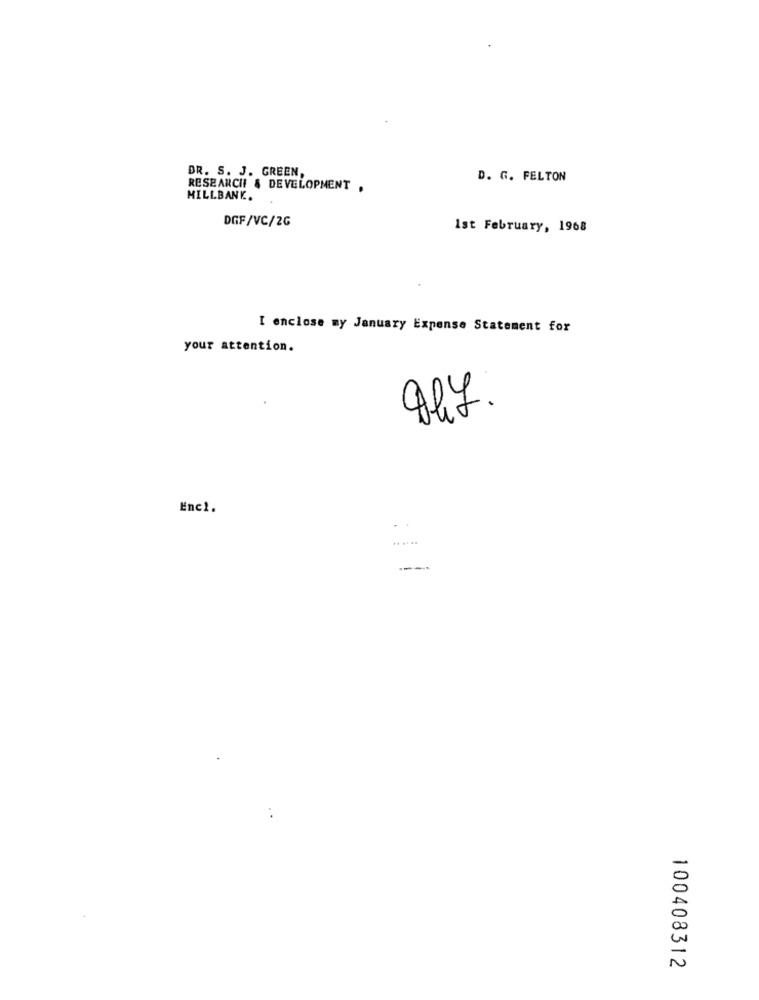
DR. S. J. GREEN,
D. G. FELTON
RESEARCH & DEVELOPMENT ,
MILLBANK.
DGF/VC/2G
Ist February, 1968
I enclose my January Expense Statement for
your attention.
Alf.
Enc1.
......
=
N
100408312